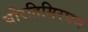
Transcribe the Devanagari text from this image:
घोरतिमिरघन